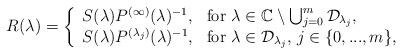
LaTeX: \begin{align*}R(\lambda) = \left\{ \begin{array}{l l}S(\lambda)P^{(\infty)}(\lambda)^{-1}, & \mbox{for } \lambda \in \mathbb{C}\setminus \bigcup_{j=0}^{m}\mathcal{D}_{\lambda_{j}}, \\S(\lambda)P^{(\lambda_{j})}(\lambda)^{-1}, & \mbox{for } \lambda \in \mathcal{D}_{\lambda_{j}}, \, j \in \{0,...,m\},\end{array} \right. \end{align*}